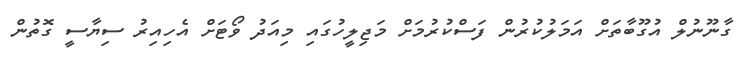
ގާނޫނުލް އުގޫބާތަށް އަމަލުކުރުން ފަސްކުރުމަށް މަޖިލީހުގައި މިއަދު ވޯޓަށް އެހިއިރު ސިޔާސީ ގޮތުން